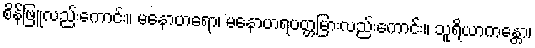
စိန်ဖြူလည်းကောင်း။ မနောဟရော၊ မနောဟရပတ္တမြားလည်းကောင်း။ သူရိယာကန္တော၊